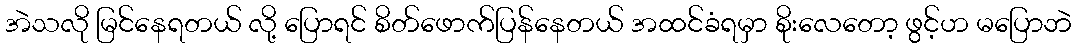
အဲသလို မြင်နေရတယ် လို့ ပြောရင် စိတ်ဖောက်ပြန်နေတယ် အထင်ခံရမှာ စိုးလေတော့ ဖွင့်ဟ မပြောဘဲ